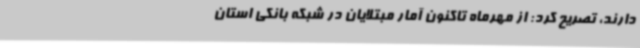
دارند، تصریح کرد: از مهرماه تاکنون آمار مبتلایان در شبکه بانکی استان